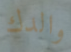
والدك